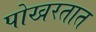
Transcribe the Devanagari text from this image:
पोखरतात